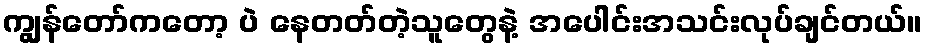
ကျွန်တော်ကတော့ ပဲ နေတတ်တဲ့သူတွေနဲ့ အပေါင်းအသင်းလုပ်ချင်တယ်။